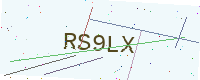
Text: RS9LX